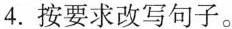
4.按要求改写句子。